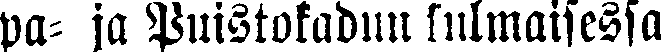
pa- ja Puistokadun kulmaisessa